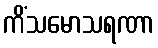
ကိံသမောသရဏာ